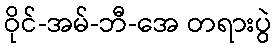
ဝိုင်-အမ်-ဘီ-အေ တရားပွဲ